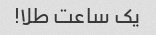
یک ساعت طلا!